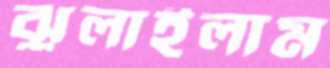
ঝুলাইলাম